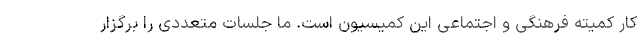
کار کمیته فرهنگی و اجتماعی این کمیسیون است. ما جلسات متعددی را برگزار